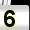
Digit: 5